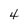
Character: 4